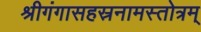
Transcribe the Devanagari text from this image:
श्रीगंगासहस्रनामस्तोत्रम्